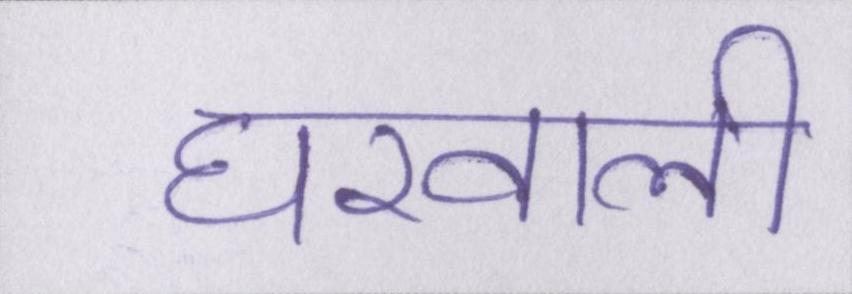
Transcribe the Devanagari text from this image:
घरवाली